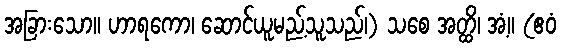
အခြားသော။ ဟာရကော၊ ဆောင်ယူမည့်သူသည်၊) သစေ အတ္ထိ၊ အံ့။ (ဧဝံ